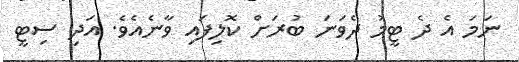
ނަމަ އެ ދެ ޓީމު ދެވަނަ ބުރަށް ކޮލިފައި ވާނެއެެވެ. އަދި ސިޓީ